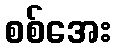
စစ်အေး